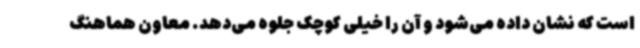
است که نشان داده ‌می‌شود و آن را خیلی کوچک جلوه می‌دهد. معاون هماهنگ